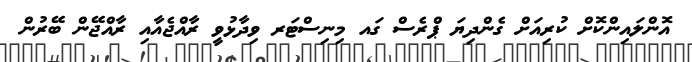
އޮންލައިންކޮށް ކުރިއަށް ގެންދިޔަ ޕްރެސް ގައ މިނިސްޓަރ ވިދާޅުވީ ރާއްޖެއާއި ރާއްޖޭން ބޭރުން